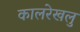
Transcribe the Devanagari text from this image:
कालरेखलु